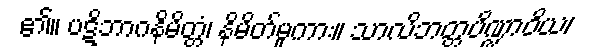
၏။ ပဋိဘာဂနိမိတ္တံ၊ နိမိတ်မူကား။ သာလိဘတ္တပိဏ္ဍာဝိယ၊